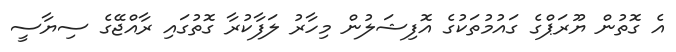
އެ ގޮތުން ޔޫރަޕްގެ ގައުމުތަކުގެ އޮފިޝަލުން މިހާރު ލަފާކުރާ ގޮތުގައި ރާއްޖޭގެ ސިޔާސީ